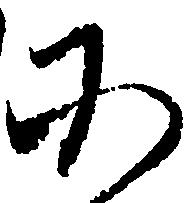
そ